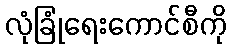
လုံခြုံရေးကောင်စီကို